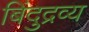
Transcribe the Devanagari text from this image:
बिंदुद्रव्य